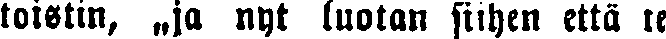
toistin, „ja nyt luotan siihen että te